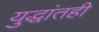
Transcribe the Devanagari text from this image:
युद्धांतही